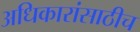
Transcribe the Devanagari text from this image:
अधिकारांसाठीच